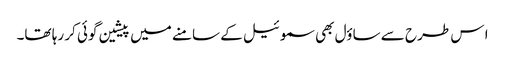
ا س طرح سے ساؤل بھی سموئیل کے سامنے میں پیشین گوئی کر رہا تھا۔